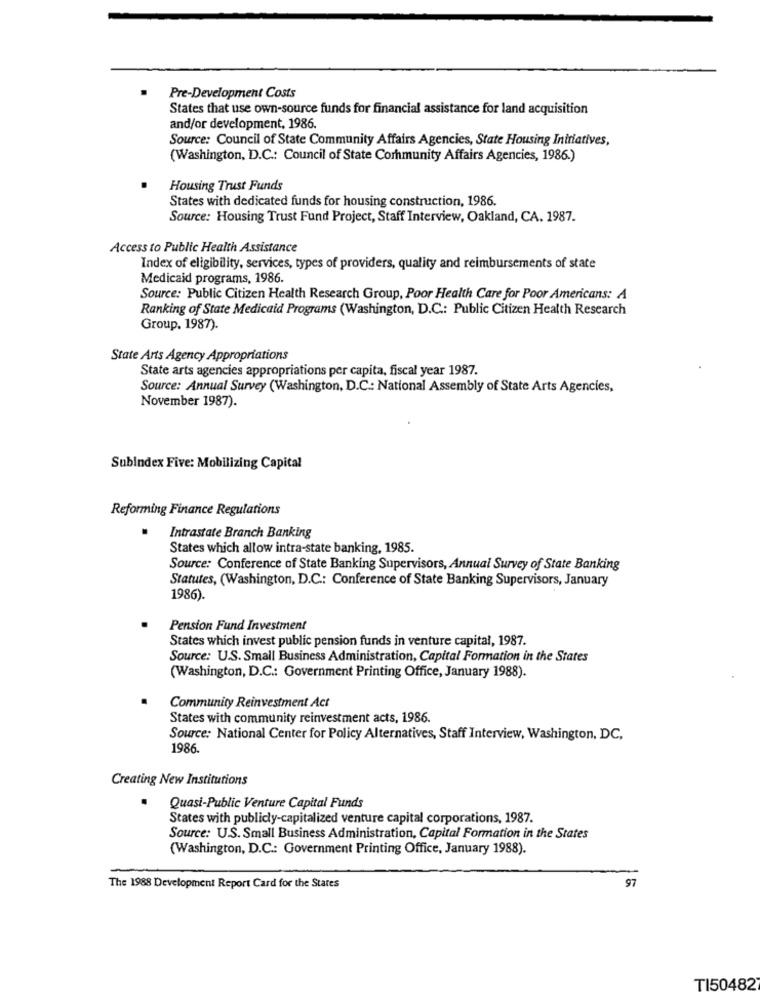
Pre-Development Costs
States that use own-source funds for financial assistance for land acquisition
and/or development, 1986.
Source: Council of State Community Affairs Agencies, State Housing Initiatives,
(Washington, D.C .: Council of State Community Affairs Agencies, 1986.)
Housing Trust Funds
States with dedicated funds for housing construction, 1986.
Source: Housing Trust Fund Project, Staff Interview, Oakland, CA. 1987.
Access to Public Health Assistance
Index of eligibility, services, types of providers, quality and reimbursements of state
Medicaid programs, 1986.
Source: Public Citizen Health Research Group, Poor Health Care for Poor Americans: A
Ranking of State Medicaid Programs (Washington, D.C .: Public Citizen Health Research
Group, 1987).
State Arts Agency Appropriations
State arts agencies appropriations per capita, fiscal year 1987.
Source: Annual Survey (Washington, D.C .: National Assembly of State Arts Agencies,
November 1987).
Subindex Five: Mobilizing Capital
Reforming Finance Regulations
Intrastate Branch Banking
States which allow intra-state banking, 1985.
Source: Conference of State Banking Supervisors, Annual Survey of State Banking
Statutes, (Washington, D.C .: Conference of State Banking Supervisors, January
1986).
Pension Fund Investment
States which invest public pension funds in venture capital, 1987.
Source: U.S. Small Business Administration, Capital Formation in the States
(Washington, D.C .: Government Printing Office, January 1988).
Community Reinvestment Act
States with community reinvestment acts, 1986.
Source: National Center for Policy Alternatives, Staff Interview, Washington, DC,
1986.
Creating New Institutions
Quasi-Public Venture Capital Funds
States with publicly-capitalized venture capital corporations, 1987.
Source: U.S. Small Business Administration, Capital Formation in the States
(Washington, D.C .: Government Printing Office, January 1988).
97
The 1988 Development Report Card for the States
TI50482